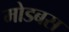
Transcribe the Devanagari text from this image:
मोडबस